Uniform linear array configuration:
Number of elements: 64
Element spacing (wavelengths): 0.5
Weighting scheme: blackman
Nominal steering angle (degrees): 15
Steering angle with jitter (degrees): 16.014
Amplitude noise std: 0.05
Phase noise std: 0.05

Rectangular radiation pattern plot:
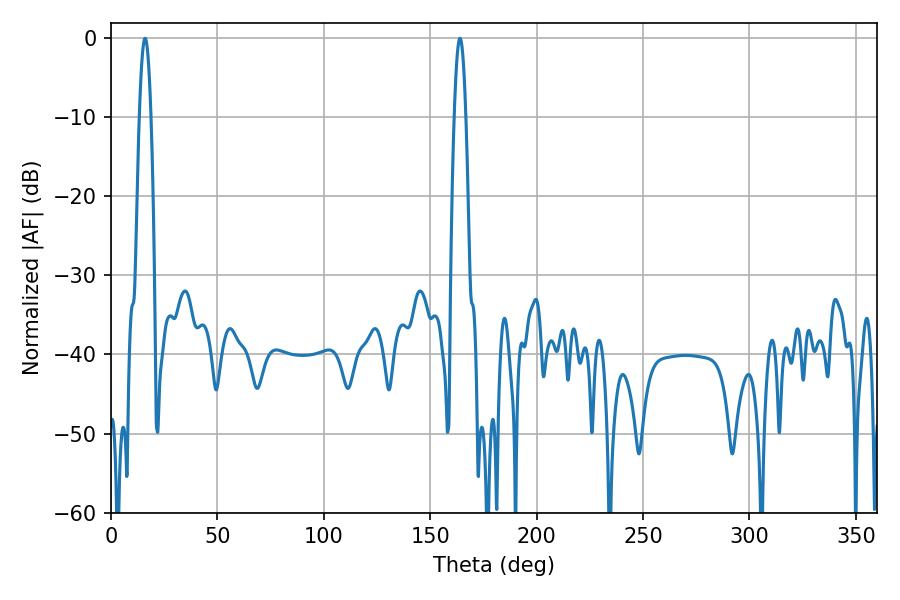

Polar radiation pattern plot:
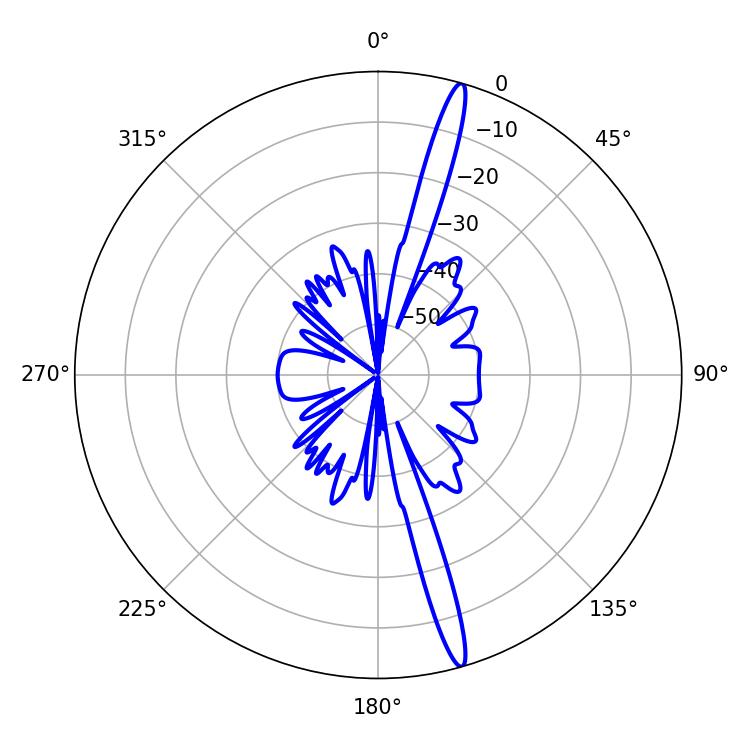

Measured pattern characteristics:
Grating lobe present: FALSE
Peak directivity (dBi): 18.01
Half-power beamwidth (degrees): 2.88
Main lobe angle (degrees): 16.02